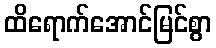
ထိရောက်အောင်မြင်စွာ